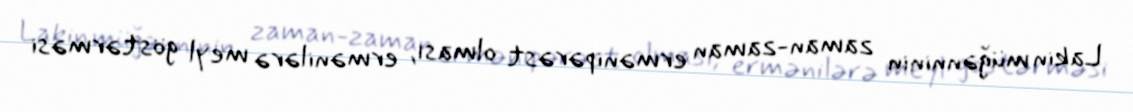
Lakin müğənninin zaman-zaman ermənipərəst olması, ermənilərə meyl göstərməsi